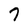
Character: 7